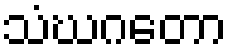
သံဃဂတော